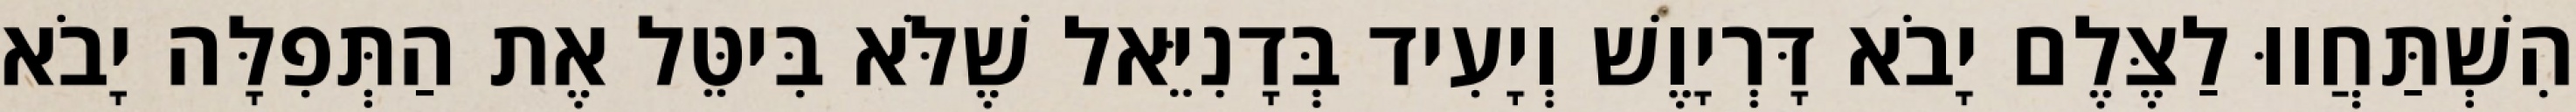
הִשְׁתַּחֲווּ לַצֶּלֶם יָבֹא דָּרְיָוֶשׁ וְיָעִיד בְּדָנִיֵּאל שֶׁלֹּא בִּיטֵּל אֶת הַתְּפִלָּה יָבֹא